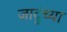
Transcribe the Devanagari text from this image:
जादुंच्या